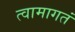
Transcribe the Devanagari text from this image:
त्वामागतं